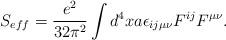
LaTeX: \begin{align*}S_{eff}=\frac{e^2}{32\pi^2}\int d^4xa\epsilon_{ij\mu\nu}F^{ij}F^{\mu\nu} .\end{align*}